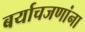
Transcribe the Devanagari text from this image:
बर्याचजणांना